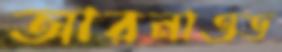
আরনাওড